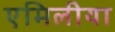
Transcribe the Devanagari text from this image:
एमिलीया